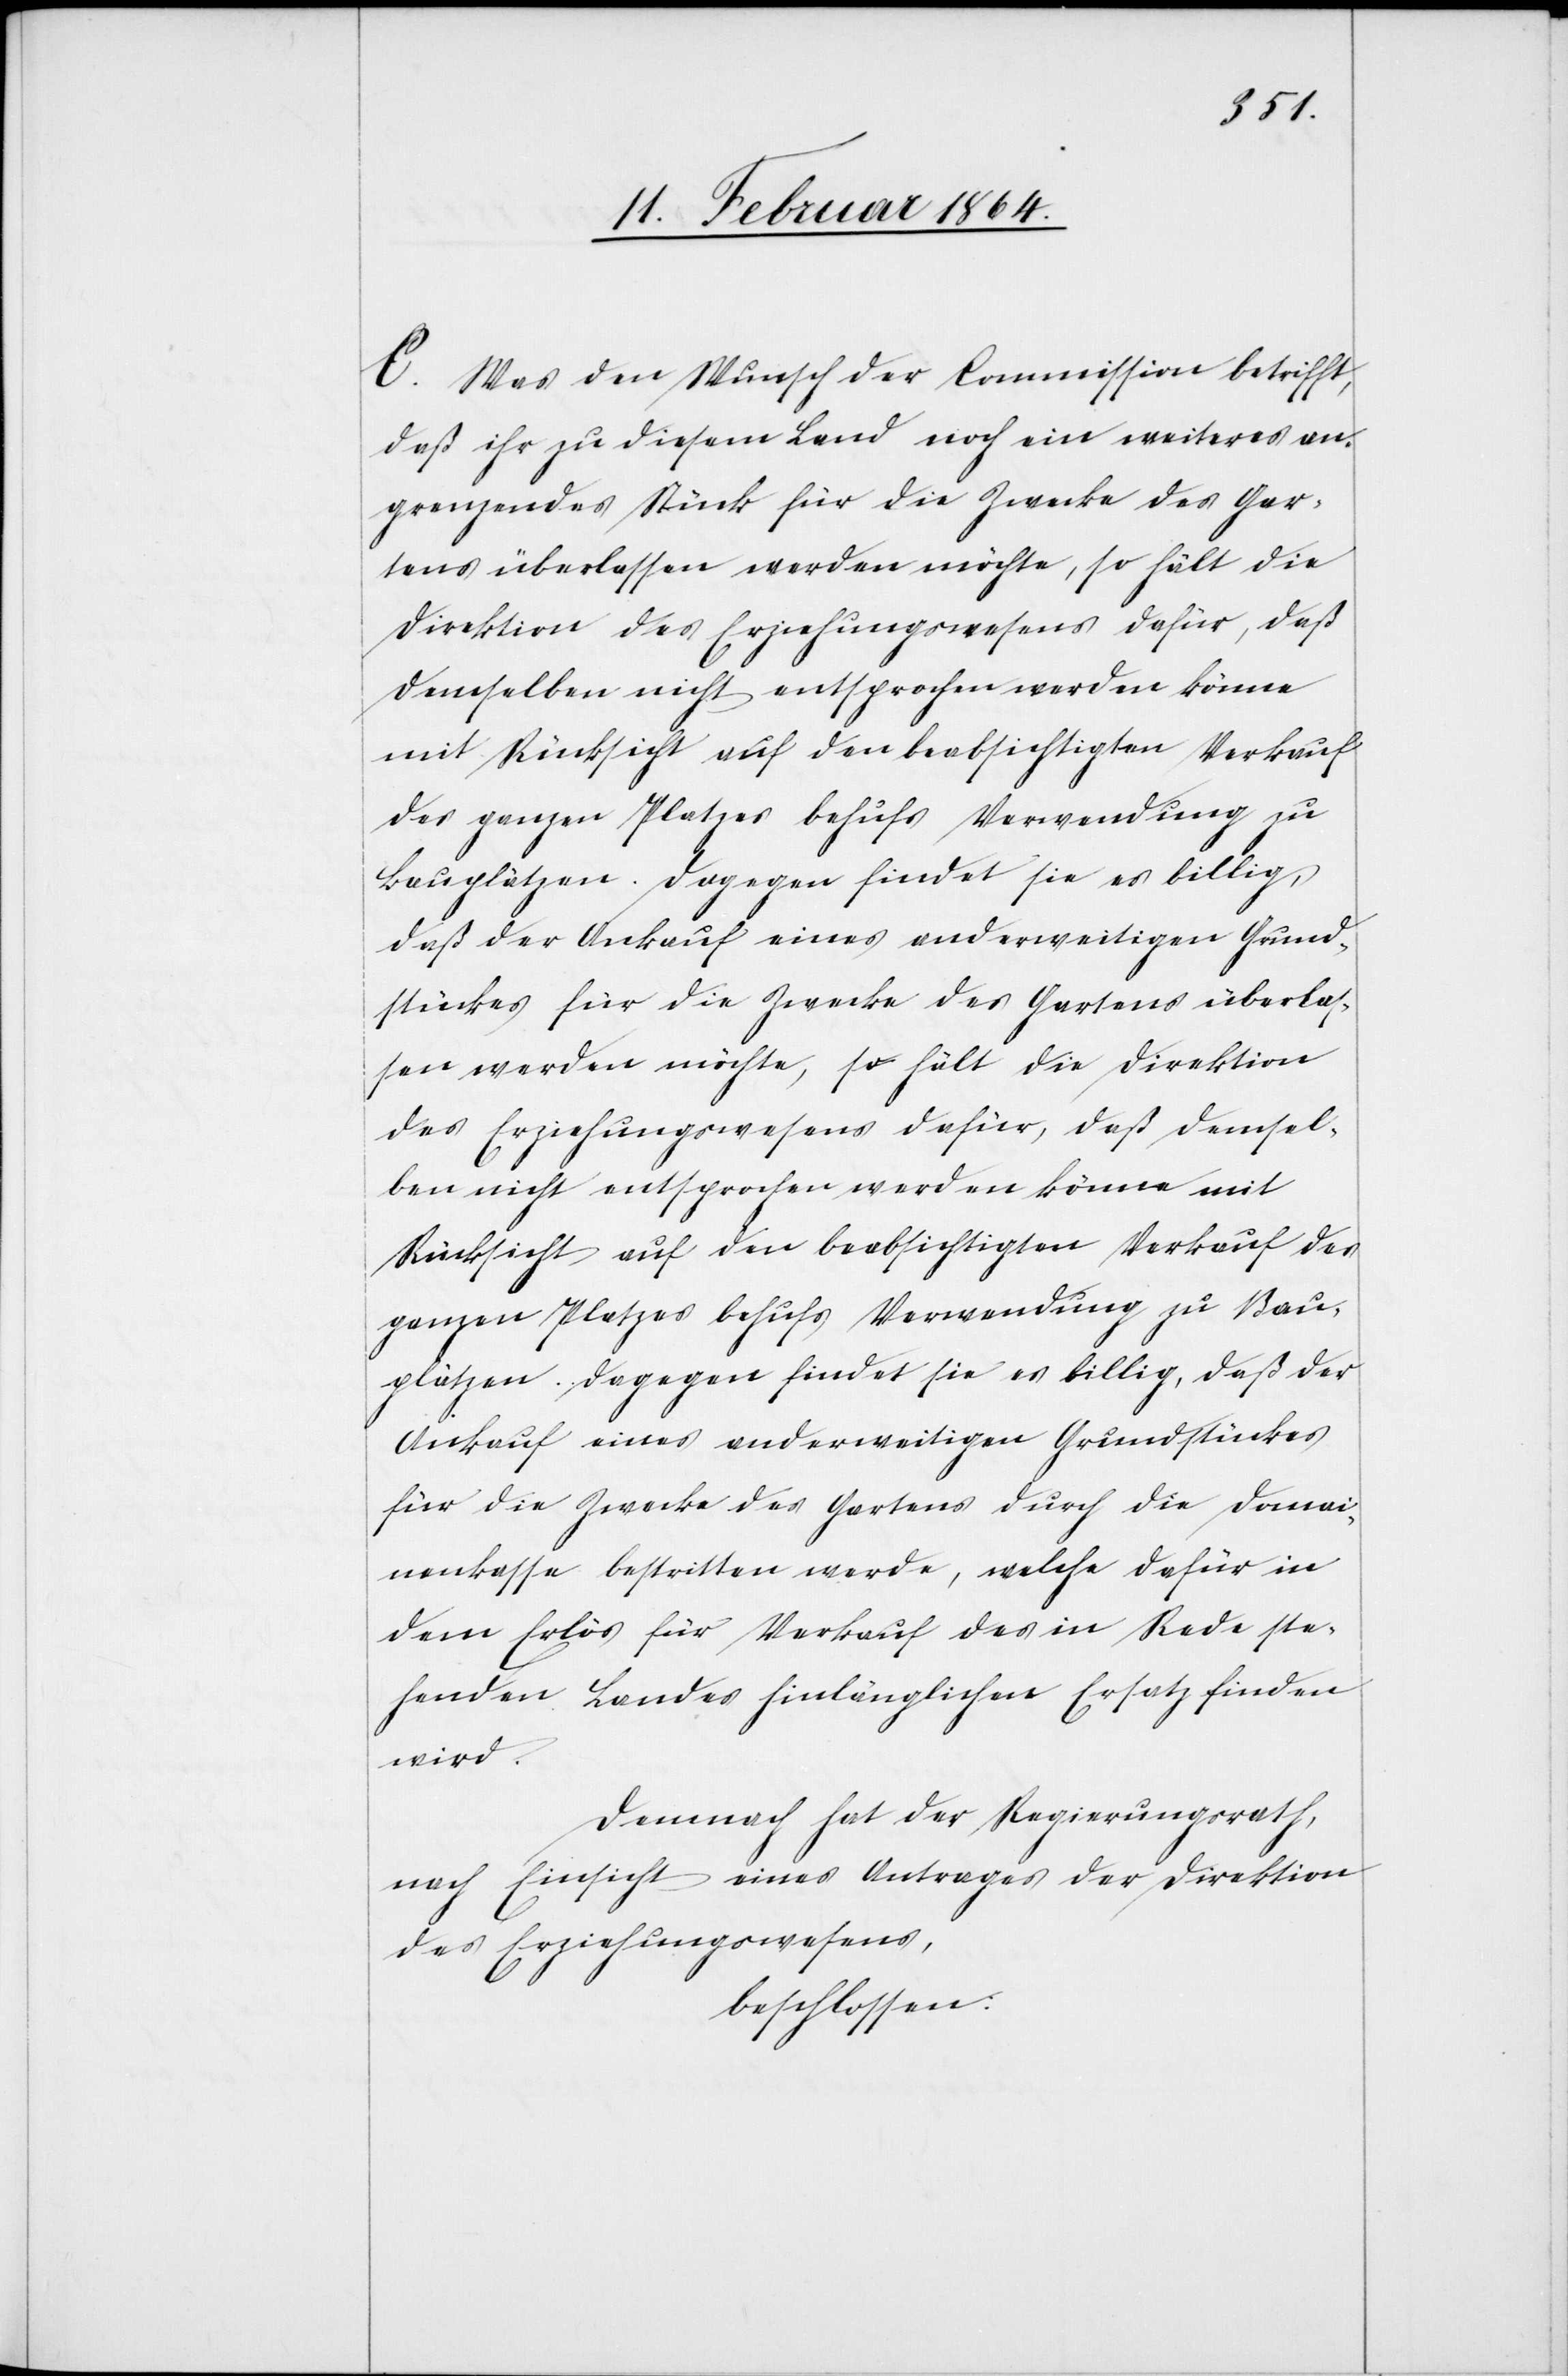
C. Was den Wunsch der Commission betrifft,
daß ihr zu diesem Land noch ein weiteres an¬
grenzendes Stück für die Zwecke des Gar¬
tens überlassen werden möchte, so hält die
Direktion des Erziehungswesens dafür, daß
demselben nicht entsprochen werden könne
mit Rücksicht auf den beabsichtigten Verkauf
des ganzen Platzes behufs Verwendung zu
Bauplätzen. Dagegen findet sie es billig,
daß der Ankauf eines anderweitigen Grund¬
stückes für die Zwecke des Gartens überlas¬
sen werden möchte, so hält die Direktion
des Erziehungswesens dafür, daß demsel¬
ben nicht entsprochen werden könne mit
Rücksicht auf den beabsichtigten Verkauf des
ganzen Platzes behufs Verwendung zu Bau¬
plätzen. Dagegen findet sie es billig, daß der
Ankauf eines anderweitigen Grundstückes
für die Zwecke des Gartens durch die Domai¬
nenkasse bestritten werde, welche dafür in
dem Erlös für Verkauf des in Rede ste¬
henden Landes hinlänglichen Ersatz finden
wird.
Demnach hat der Regierungsrath,
nach Einsicht eines Antrages der Direktion
des Erziehungswesens,
beschlossen: